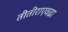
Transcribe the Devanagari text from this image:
तीतीराएवढा